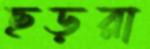
ছড়রা